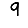
Digit: 9